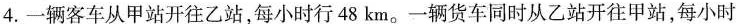
4.一辆客车从甲站开往乙站，每小时行48km。一辆货车同时从乙站开往甲站，每小时